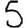
Digit: 5